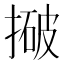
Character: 𰔓